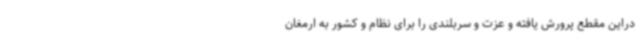
دراین مقطع پرورش یافته و عزت و سربلندی را برای نظام و کشور به ارمغان